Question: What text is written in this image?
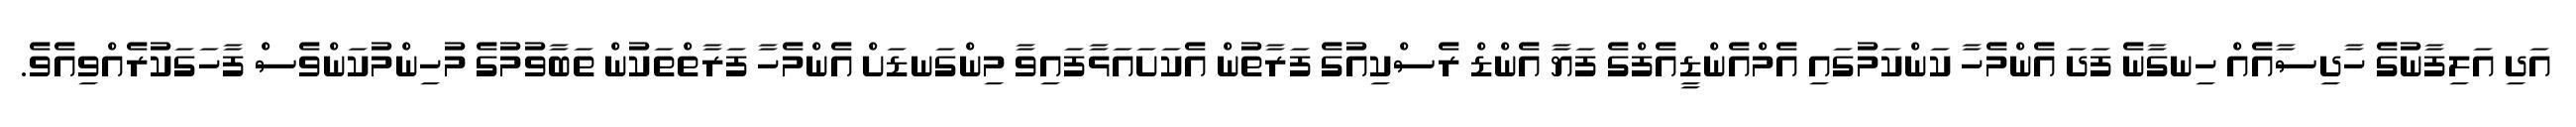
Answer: އަދި އަލިފާނުގެ ހާދިސާއެއް ހިނގާނެ ފަދަ އެންމެހާ ކަންކަމުގައި އެމްއެންޑީއެފްގެ ފަޔާ އެންޑް ރެސްކިއުގެ ފަރާތުން އެކަށައަޅާފައިވާ މިންގަނޑަށް އެންމެހާ ފަރާތްތަކުން ތަބާވުމުގެ މުހިންމުކަންވެސް ފާހަގަކުރެއްވިއެވެ.